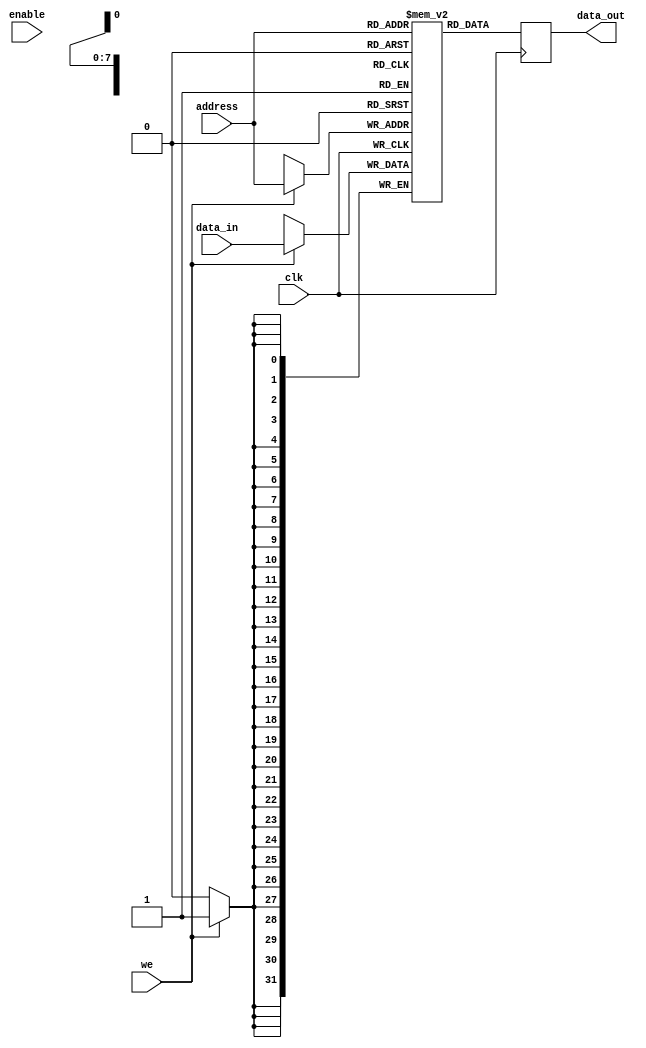
module memory_block (
    input wire clk,               // Clock signal
    input wire enable,            // Enable signal for memory block
    input wire [7:0] address,     // Address input
    input wire we,                // Write enable
    input wire [31:0] data_in,    // Data input
    output reg [31:0] data_out     // Data output
);

    reg [31:0] mem [0:255];       // Memory array (256 x 32-bit)

    always @(posedge clk) begin
        if (we) begin
            mem[address] <= data_in; // Write data to memory
        end
        data_out <= mem[address]; // Read data from memory
    end
endmodule